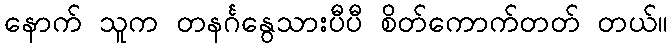
နောက် သူက တနင်္ဂနွေသားပီပီ စိတ်ကောက်တတ် တယ်။